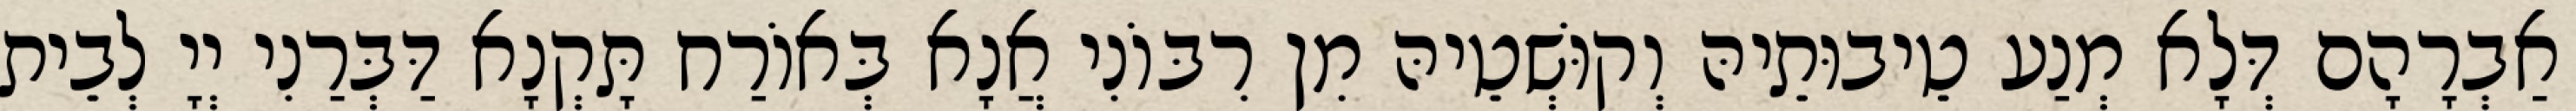
אַבְרָהָם דְּלָא מְנַע טֵיבוּתֵיהּ וְקוּשְׁטֵיהּ מִן רִבּוֹנִי אֲנָא בְּאוֹרַח תָּקְנָא דַּבְּרַנִי יְיָ לְבֵית